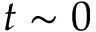
t \sim 0